Civil Veterinary Department. Central Provinces & Berar 1925-31 - 1925-1931
Year: 1925
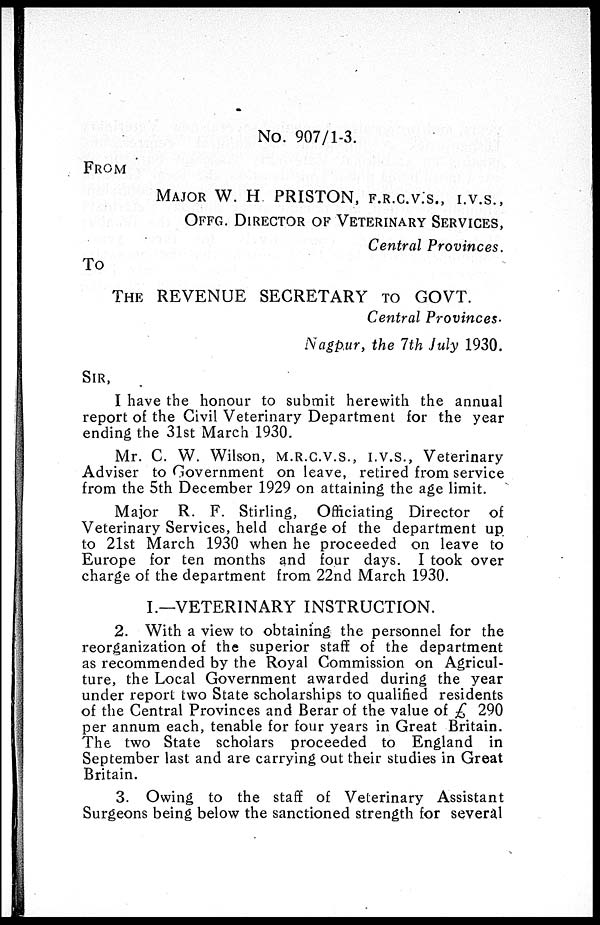
No. 907/1-3.
FROM
MAJOR W H PRISTON, F.R.C.V.S., I.V.S.,
OFFG. DIRECTOR OF VETERINARY SERVICES,
Central Provinces.
To
THE REVENUE SECRETARY TO GOVT.
Central Provinces.
Nagpur, the 7th July 1930.
SIR,
I have the honour to submit herewith the annual
report of the Civil Veterinary Department for the year
ending the 31st March 1930.
Mr. C. W. Wilson, M.R.C.V.S., I.V.S., Veterinary
Adviser to Government on leave, retired from service
from the 5th December 1929 on attaining the age limit.
Major R. F. Stirling, Officiating Director of
Veterinary Services, held charge of the department up
to 21st March 1930 when he proceeded on leave to
Europe for ten months and four days. I took over
charge of the department from 22nd March 1930.
I.—VETERINARY INSTRUCTION.
2. With a view to obtaining the personnel for the
reorganization of the superior staff of the department
as recommended by the Royal Commission on Agricul-
ture, the Local Government awarded during the year
under report two State scholarships to qualified residents
of the Central Provinces and Berar of the value of £ 290
per annum each, tenable for four years in Great Britain.
The two State scholars proceeded to England in
September last and are carrying out their studies in Great
Britain.
3. Owing to the staff of Veterinary Assistant
Surgeons being below the sanctioned strength for several